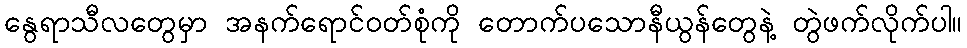
နွေရာသီလတွေမှာ အနက်ရောင်ဝတ်စုံကို တောက်ပသောနီယွန်တွေနဲ့ တွဲဖက်လိုက်ပါ။